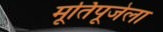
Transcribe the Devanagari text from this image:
मूर्तिपूजेला